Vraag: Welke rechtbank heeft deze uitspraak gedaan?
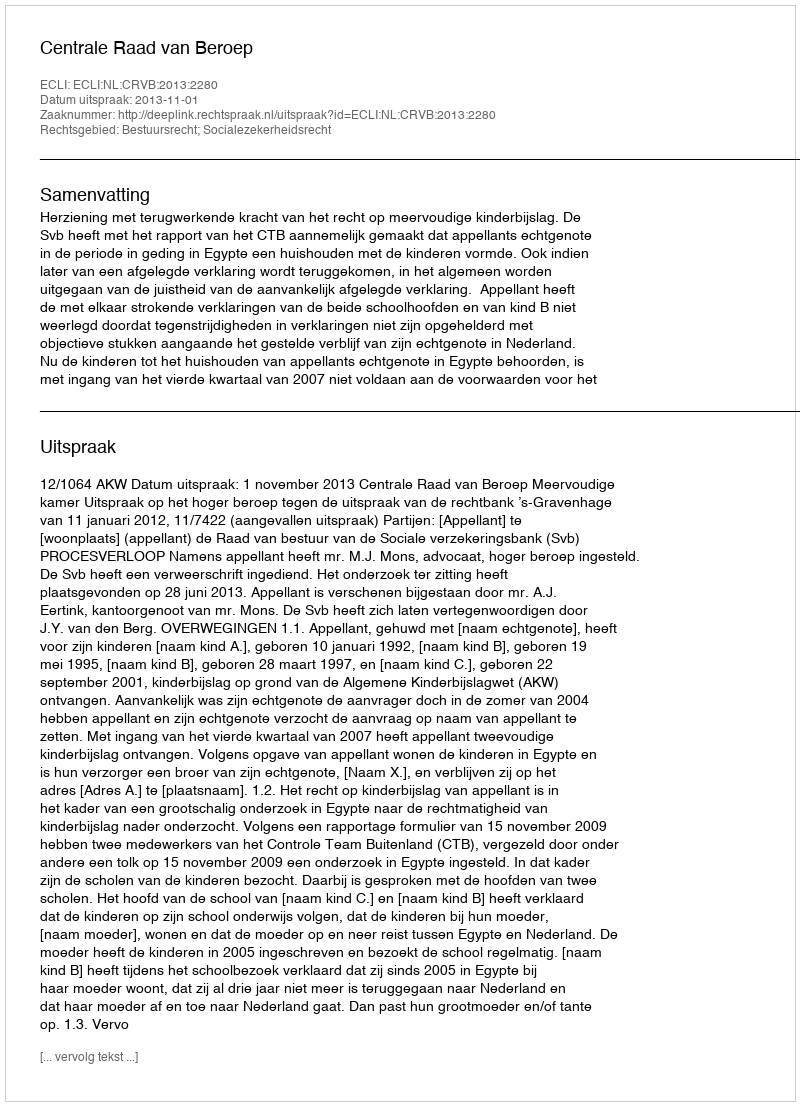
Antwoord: Centrale Raad van Beroep